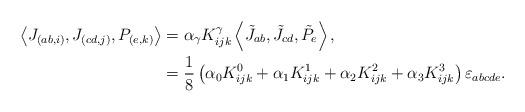
LaTeX: \begin{align*}\left\langle J_{(ab,i)},J_{(cd,j)},P_{(e,k)}\right\rangle & =\alpha_{\gamma}K_{ijk}^{\gamma}\left\langle \tilde{J}_{ab},\tilde{J}_{cd},\tilde{P}_{e}\right\rangle ,\\& =\frac{1}{8}\left( \alpha_{0}K_{ijk}^{0}+\alpha_{1}K_{ijk}^{1}+\alpha_{2}K_{ijk}^{2}+\alpha_{3}K_{ijk}^{3}\right) \varepsilon_{abcde}.\end{align*}